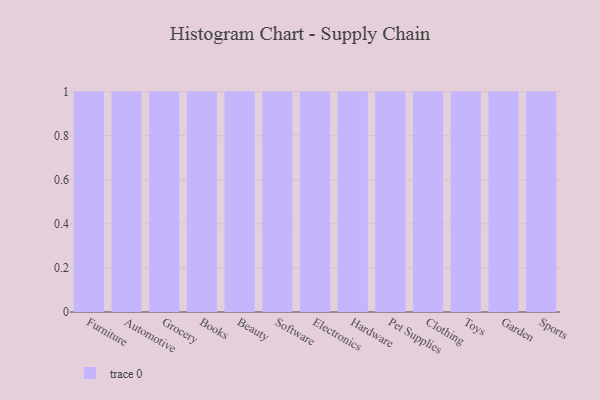
{"axis": {"x": "Category", "y": "Operating Costs (USD K)"}, "legend": [""], "data": [{"x": "Furniture", "y": 64, "type": ""}, {"x": "Automotive", "y": 3, "type": ""}, {"x": "Grocery", "y": 12, "type": ""}, {"x": "Books", "y": 2, "type": ""}, {"x": "Beauty", "y": 98, "type": ""}, {"x": "Software", "y": 72, "type": ""}, {"x": "Electronics", "y": 23, "type": ""}, {"x": "Hardware", "y": 15, "type": ""}, {"x": "Pet Supplies", "y": 29, "type": ""}, {"x": "Clothing", "y": 6, "type": ""}, {"x": "Toys", "y": 83, "type": ""}, {"x": "Garden", "y": 75, "type": ""}, {"x": "Sports", "y": 10, "type": ""}]}